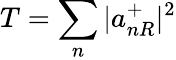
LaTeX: T=\sum_{n}|a_{nR}^{+}|^{2}